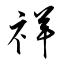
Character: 祥